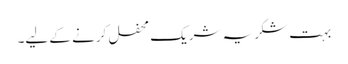
بہت شکریہ شریک محفل کرنے کے لیے۔